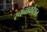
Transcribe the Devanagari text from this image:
रचनाकौशल